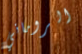
الروماني